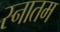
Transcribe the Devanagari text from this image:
स्नातम